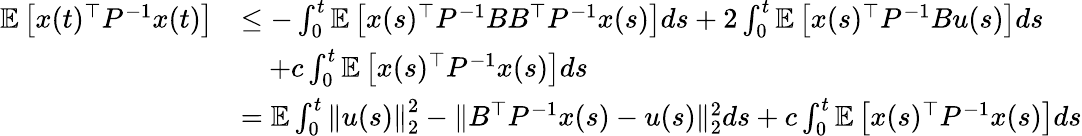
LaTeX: \begin{array}{rl}{\mathbb E\left[x(t)^{\top}P^{-1}x(t)\right]}&{\leq-\int_{0}^{t}\mathbb E\left[x(s)^{\top}P^{-1}BB^{\top}P^{-1}x(s)\right]ds+2\int_{0}^{t}\mathbb E\left[x(s)^{\top}P^{-1}Bu(s)\right]ds}\\ &{\quad+c\int_{0}^{t}\mathbb E\left[x(s)^{\top}P^{-1}x(s)\right]ds}\\ &{=\mathbb E\int_{0}^{t}\left\| u(s)\right\| _{2}^{2}-\| B^{\top}P^{-1}x(s)-u(s)\| _{2}^{2}ds+c\int_{0}^{t}\mathbb E\left[x(s)^{\top}P^{-1}x(s)\right]ds}\end{array}